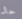
حال